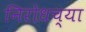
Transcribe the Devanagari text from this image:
निरोधच्या